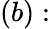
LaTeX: (b):